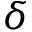
\delta